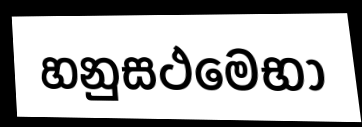
හනුසථමෙභා